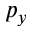
p _ { y }